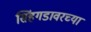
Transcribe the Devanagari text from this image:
सिंहगडावरच्या